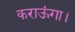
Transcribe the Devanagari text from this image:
कराऊंगा।